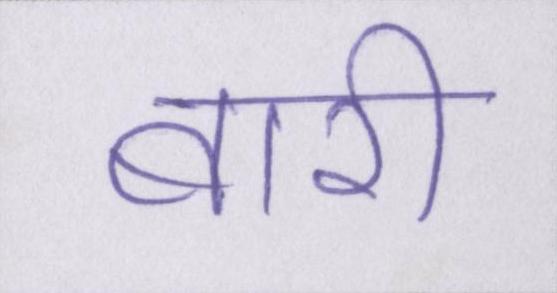
बारी